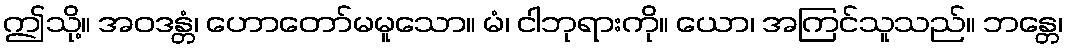
ဤသို့။ အဝဒန္တံ၊ ဟောတော်မမူသော။ မံ၊ ငါဘုရားကို။ ယော၊ အကြင်သူသည်။ ဘန္တေ၊